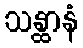
သန္ထာနံ